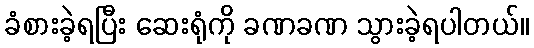
ခံစားခဲ့ရပြီး ဆေးရုံကို ခဏခဏ သွားခဲ့ရပါတယ်။